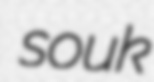
souk